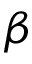
\beta